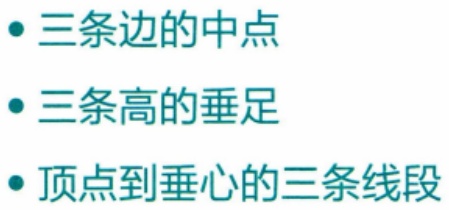
\begin{itemize}
\item 三条边的中点
\item 三条高的垂足
\item 顶点到垂心的三条线段
\end{itemize}